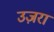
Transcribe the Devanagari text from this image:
उज़रा